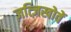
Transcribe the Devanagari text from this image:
ज़त्ज़िखोवें